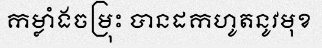
កម្លាំងចម្រុះ បានដកហូតនូវមុខ